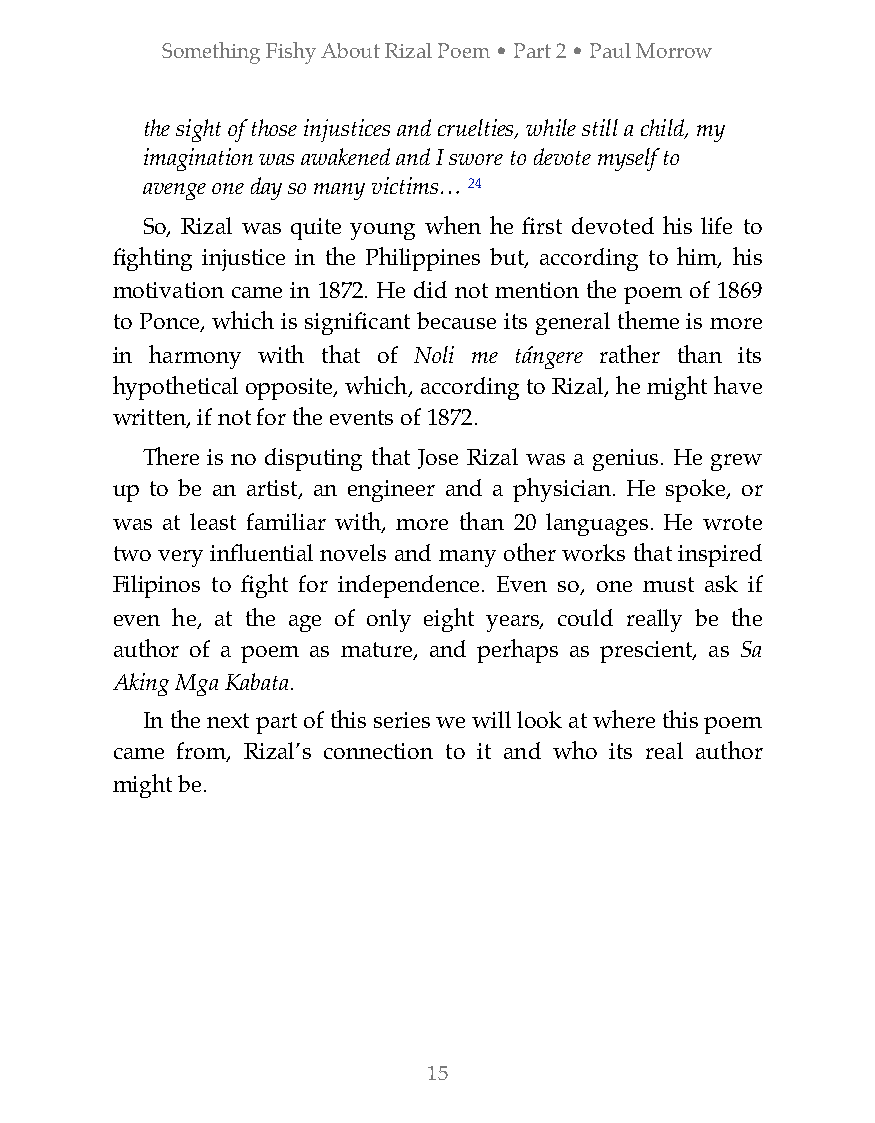
Something Fishy About Rizal Poem • Part 2 • Paul Morrow
 the sight of those injustices and cruelties, while still a child, my
 imagination was awakened and I swore to devote myself to
 avenge one day so many victims… 24
 So, Rizal was quite young when he first devoted his life to
 fighting injustice in the Philippines but, according to him, his
 motivation came in 1872. He did not mention the poem of 1869
 to Ponce, which is significant because its general theme is more
 in harmony with that of Noli me tángere rather than its
 hypothetical opposite, which, according to Rizal, he might have
 written, if not for the events of 1872.
 There is no disputing that Jose Rizal was a genius. He grew
 up to be an artist, an engineer and a physician. He spoke, or
 was at least familiar with, more than 20 languages. He wrote
 two very influential novels and many other works that inspired
 Filipinos to fight for independence. Even so, one must ask if
 even he, at the age of only eight years, could really be the
 author of a poem as mature, and perhaps as prescient, as Sa
 Aking Mga Kabata.
 In the next part of this series we will look at where this poem
 came from, Rizal’s connection to it and who its real author
 might be.
 15